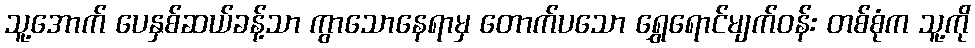
သူ့အောက် ပေနှစ်ဆယ်ခန့်သာ ကွာသောနေရာမှ တောက်ပသော ရွှေရောင်မျက်ဝန်း တစ်စုံက သူ့ကို